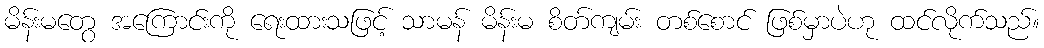
မိန်းမတွေ အကြောင်းကို ရေးထားသဖြင့် သာမန် မိန်းမ စိတ်ကျမ်း တစ်စောင် ဖြစ်မှာပဲဟု ထင်လိုက်သည်။